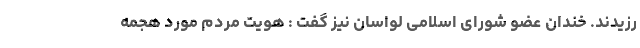
رزیدند. خندان عضو شورای اسلامی لواسان نیز گفت : هویت مردم مورد هجمه